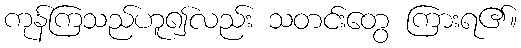
ကုန်ကြသည်ဟူ၍လည်း သတင်းတွေ ကြားရ၏။